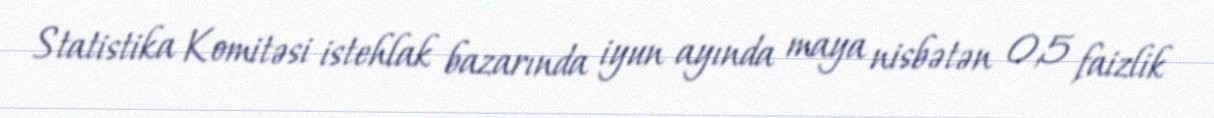
Statistika Komitəsi istehlak bazarında iyun ayında maya nisbətən 0,5 faizlik